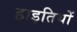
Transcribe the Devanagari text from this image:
हाइतियों